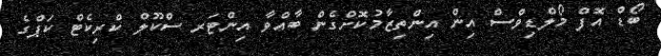
ބޯޑް އޮފް މޯލްޑިވްސް އިން އިންތިޒާމުކޮށްގެން ބާއްވާ އިންޓަރ ސްކޫލް ކްރިކެޓް ކަޕްގެ